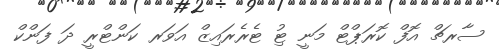
ސާރޗް އޮފް ކޮރަޕްޓް މަނީ ޓިު ޓެރެރައިޒް އަވަރ ކަންޓްރީ ދަ ފަންކް